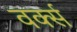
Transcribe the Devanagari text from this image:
वर्क्स